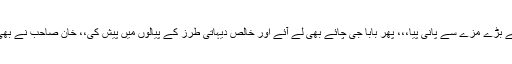
خان صاحب نے بڑے مزے سے پانی پیا،،، پھر بابا جی چائے بھی لے آئے اور خالص دیہاتی طرز کے پیالوں میں پیش کی،، خان صاحب نے بھی ایک پیالہ پیا۔